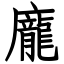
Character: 龐